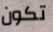
تكون